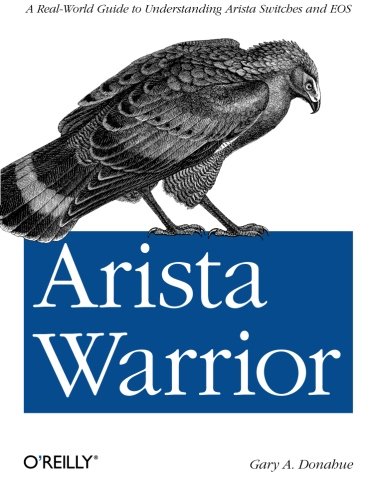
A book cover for Arista Warrior; Gary A. Donahue; Computers & Technology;